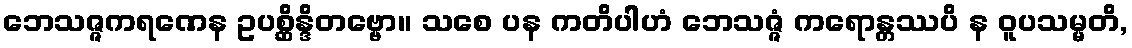
ဘေသဇ္ဇကရဏေန ဥပစ္ဆိန္ဒိတဗ္ဗော။ သစေ ပန ကတိပါဟံ ဘေသဇ္ဇံ ကရောန္တဿပိ န ဝူပသမ္မတိ,